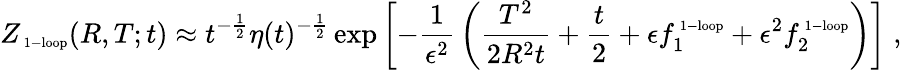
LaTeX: Z_{\mathrm{\scriptsize~1-loop}}(R,T;t)\approx t^{-{\frac{1}{2}}}\eta(t)^{-{\frac{1}{2}}}\exp\left[-{\frac{1}{\epsilon^{2}}}\left({\frac{T^{2}}{2R^{2}t}}+{\frac{t}{2}}+\epsilon f_{1}^{\mathrm{\scriptsize~1-loop}}+\epsilon^{2}f_{2}^{\mathrm{\scriptsize~1-loop}}\right)\right]\; ,